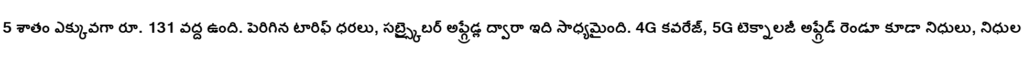
5 శాతం ఎక్కువగా రూ. 131 వద్ద ఉంది. పెరిగిన టారిఫ్ ధరలు, సబ్స్క్రైబర్ అప్గ్రేడ్ల ద్వారా ఇది సాధ్యమైంది. 4G కవరేజ్, 5G టెక్నాలజీ అప్గ్రేడ్ రెండూ కూడా నిధులు, నిధుల